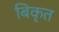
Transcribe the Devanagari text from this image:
बिकृत